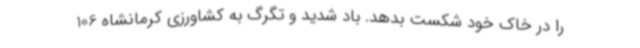
را در خاک خود شکست بدهد. باد شدید و تگرگ به کشاورزی کرمانشاه 106